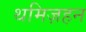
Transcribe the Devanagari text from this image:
थमिज़हन